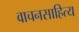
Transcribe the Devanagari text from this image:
वाचनसाहित्य